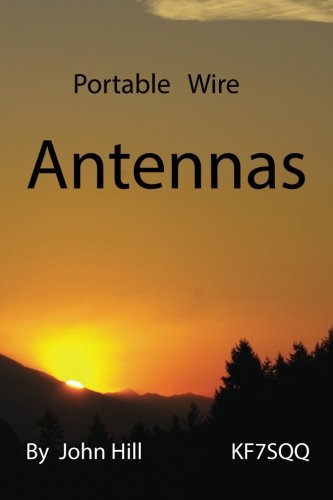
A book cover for Portable Wire Antennas; John W Hill; Crafts, Hobbies & Home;